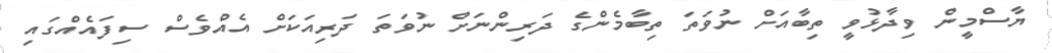
ޔާސްމީން ވިދާޅުވީ ތިބާއަށް ނުވަތަ ތިބާމެންގެ ދަރިންނަށް ނުވަތަ ދަރިއަކަށް އެއްވެސް ސިފައެއްގައި